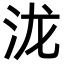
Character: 泷